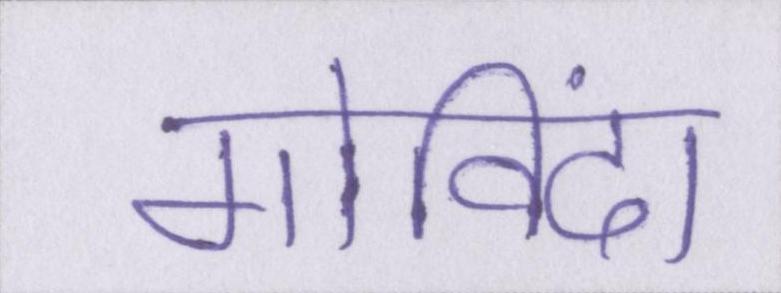
गोविंदा